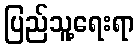
ပြည်သူ့ရေးရာ